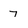
Character: 7